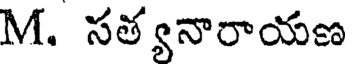
M. సత్యనారాయణ